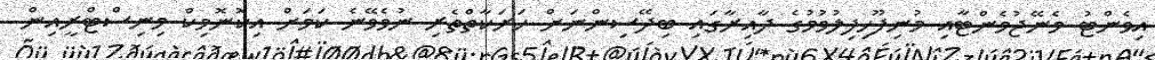
އިވެންޓު މެނޭޖުމެންޓާއި މުނިފޫހިފިލުވުމުގެ ދާއިރާގައި ބިދޭސިންނަށް ހަރަކާތްތެރި ނުވެވޭނެ ކަމަށް އިކޮނޮމިކް މިނިސްޓްރީއިން